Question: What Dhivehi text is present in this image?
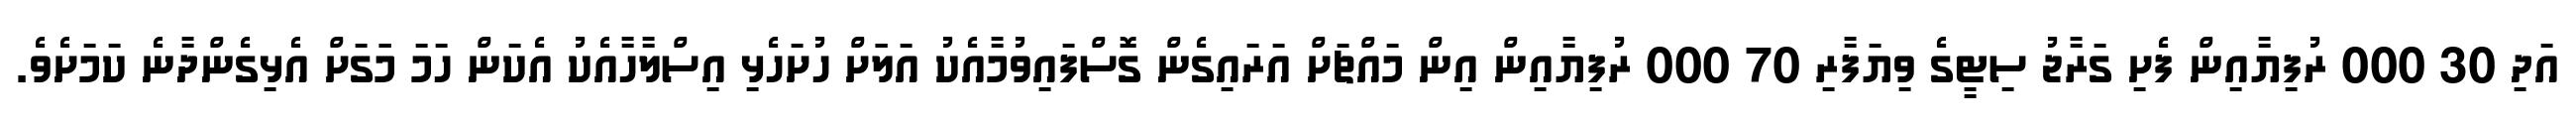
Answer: އަދި 30 000 ރުފިޔާއިން ފެށި ގަރާޖު ސިޓީގެ ވިޔަފާރި 70 000 ރުފިޔާއިން އިން މައްޗަށް އަރައިގެން ގޮސްފައިވުމާއެކު އަލަަށް ހުށަހެޅި އިސްލާހާއެކު އެކަން ހަމަ މަަގަށް އެޅިގެންދާނެ ކަމަށެވެ.